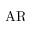
\mathrm { A R }